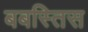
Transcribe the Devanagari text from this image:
बबस्तिस